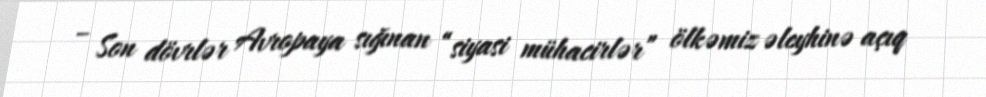
– Son dövrlər Avropaya sığınan “siyasi mühacirlər” ölkəmiz əleyhinə açıq